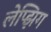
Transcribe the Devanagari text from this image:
लेप्झिग